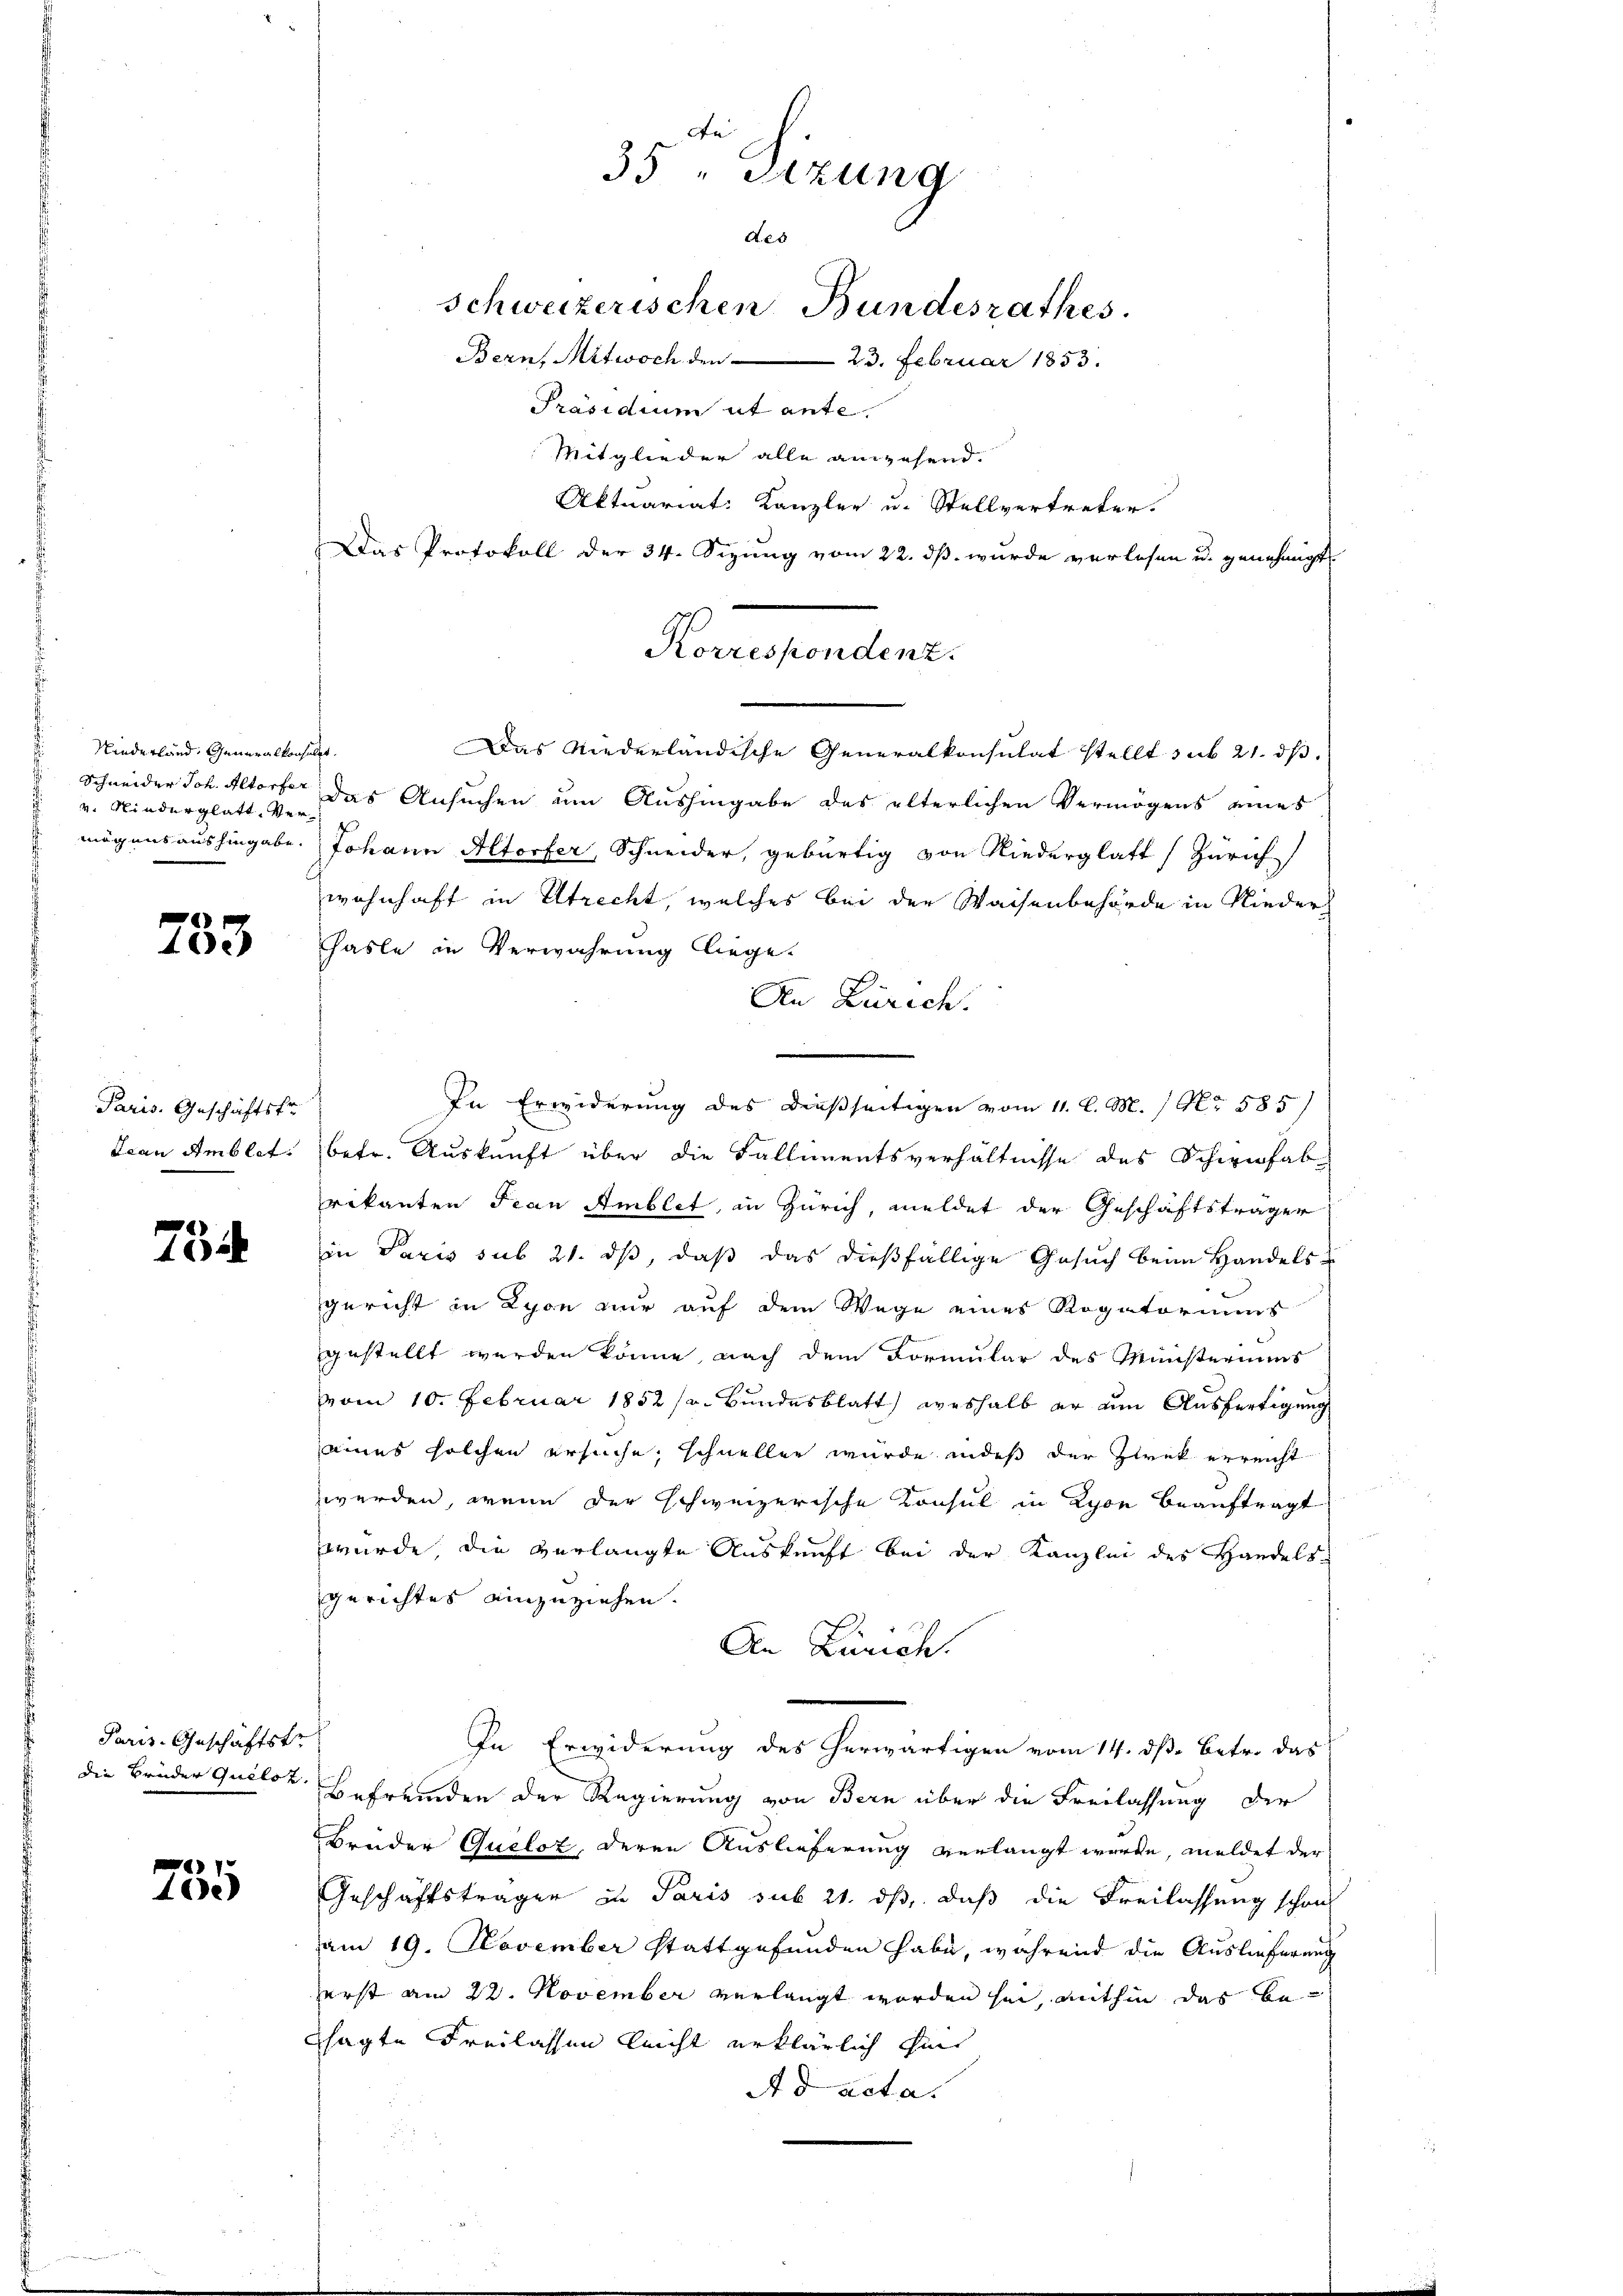
Niederland. Generalkonsult
v. Kinderglatt, Vermögens aushingabe.

753

Paris. Geschäftstr
Leau Amblet.

5

Paris-Geschäftstr

1
102)

de
35 " Sizung
des
Schweizerischen Bundesrathes.
Bern, Mitwoch den 23. Februar 1853.
Präsidium ut ante

Mitglieder alle angehend.
Das Niederländische Generalkonsulat stellt sub 21. ds.
" Schneider Joh. Altorter des Ansuchen um Aushingabe des älterlichen Vermögens eines
Johann Altorfer, Schneider, gebürtig von Niederglatt (Zürich
wohnhaft in Utrecht, welches bei der Waisenbehörde in Nieder-
hasle in Verwahrung liege.
An Zürich.
In Erwiderung des dießseitigen vom 11. l. M. / No 585
betr. Auskunft über die Fallimentsverhältnisse des Schwifab-
rekanten Frau Amblet, in Zürich, meldet der Geschäftsträger
in Paris sub 21. ds, daß das dießfällige Gesuch beim Handels-
gericht in Lyon nur auf dem Wege eines Rogatoriums
gestellt werden könne, nach dem Formular des Ministeriums
vom 10. Februar 1852 sr. Bundesblatt, weshalb er am Ausfertigung
aines solchen ersuche, schnellen wurde indeß der Zwek erreicht
werden, wenn der schweizerische Konsul in Lyon beauftragt
wurde die verlangte Auskunft bei der Kanzlei des Handels-
gerichtes einzuziehen.
An Zürich.
In Erwiderung des herwärtigen vom 14. ds. betr. das
die Brüder Quilos. Befremden der Regierung von Bern über die Freilassung der
Brüder Queloz, deren Auslieferung verlangt wurde, meldet der
Geschäftsträger zu Paris sub 21. ds, daß die Freilassung schon
am 19. November stattgefunden habe, während die Auslieferung
ferst am 22. November verlangt worden sei, mithin das becsagte Freilassen leicht erklärlich sin
Ad acta.

Aktuariat: Kanzler u. Stellvertreter.
Das Protokoll der 34. Sizung vom 22. ds. wurde verlesen u. genehmigt
Korrespondenz.